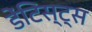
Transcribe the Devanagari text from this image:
डेंटिस्ट्स